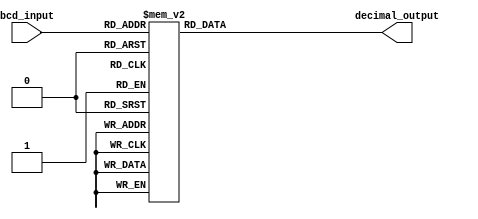
module BCD_decoder(
    input [3:0] bcd_input,
    output reg [6:0] decimal_output
);

always @(*)
begin
    case(bcd_input)
        4'b0000: decimal_output = 7'b1111110; // 0
        4'b0001: decimal_output = 7'b0110000; // 1
        4'b0010: decimal_output = 7'b1101101; // 2
        4'b0011: decimal_output = 7'b1111001; // 3
        4'b0100: decimal_output = 7'b0110011; // 4
        4'b0101: decimal_output = 7'b1011011; // 5
        4'b0110: decimal_output = 7'b1011111; // 6
        4'b0111: decimal_output = 7'b1110000; // 7
        4'b1000: decimal_output = 7'b1111111; // 8
        4'b1001: decimal_output = 7'b1111011; // 9
        default: decimal_output = 7'b0000000; // invalid input
    endcase
end

endmodule